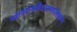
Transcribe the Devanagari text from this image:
महाकालमोंकारममलेश्वरम्